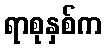
ရာစုနှစ်က